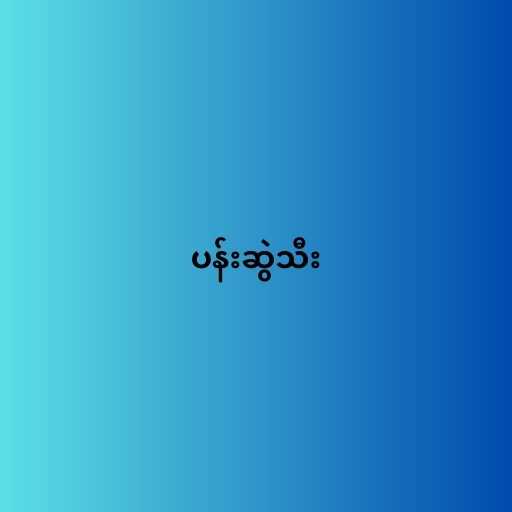
ပန်းဆွဲသီး